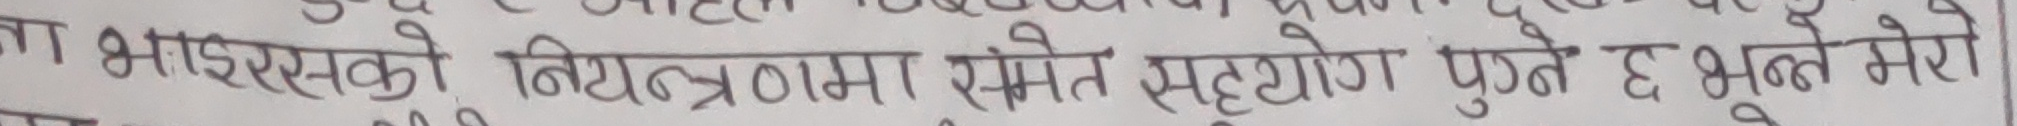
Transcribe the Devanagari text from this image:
मा भाइरसको नियन्त्रणमा समेत सहयोग पुग्ने छ भन्ने मेरो